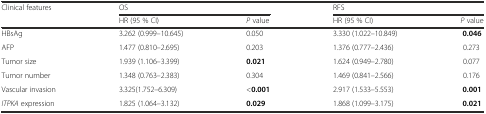
| <ROWSPAN=2> Clinical features | <COLSPAN=2> OS | <COLSPAN=2> RFS |
 | HR (95 % CI) | P value | HR (95 % CI) | P value |
 | --- | --- | --- | --- | --- |
 | HBsAg | 3.262 (0.999–10.645) | 0.050 | 3.330 (1.022–10.849) | 0.046 |
 | AFP | 1.477 (0.810–2.695) | 0.203 | 1.376 (0.777–2.436) | 0.273 |
 | Tumor size | 1.939 (1.106–3.399) | 0.021 | 1.624 (0.949–2.780) | 0.077 |
 | Tumor number | 1.348 (0.763–2.383) | 0.304 | 1.469 (0.841–2.566) | 0.176 |
 | Vascular invasion | 3.325(1.752–6.309) | <0.001 | 2.917 (1.533–5.553) | 0.001 |
 | ITPKA expression | 1.825 (1.064–3.132) | 0.029 | 1.868 (1.099–3.175) | 0.021 |